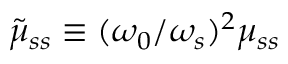
\tilde { \mu } _ { s s } \equiv ( \omega _ { 0 } / \omega _ { s } ) ^ { 2 } \mu _ { s s }